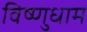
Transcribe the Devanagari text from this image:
विष्णुधाम